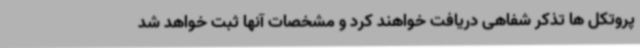
پروتکل ها تذکر شفاهی دریافت خواهند کرد و مشخصات آنها ثبت خواهد شد